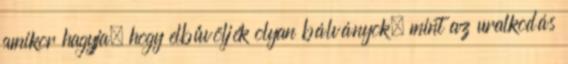
amikor hagyja, hogy elbűvöljék olyan bálványok, mint az uralkodás